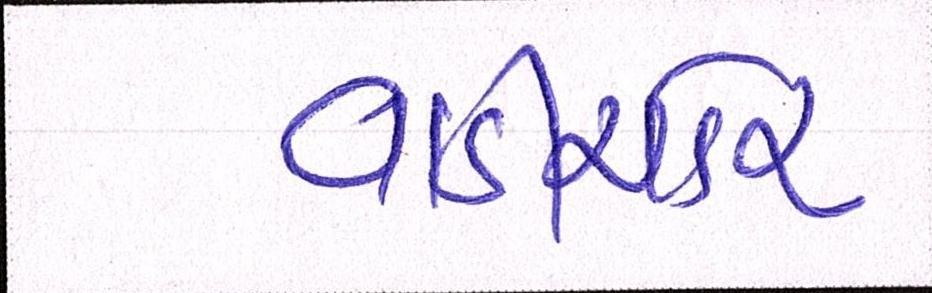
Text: વાડીચોર